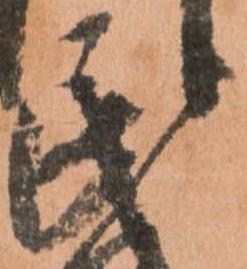
民